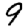
Digit: 9